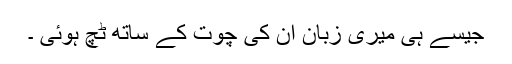
جیسے ہی میری زبان ان کی چوت کے ساتھ ٹچ ہوئی ۔